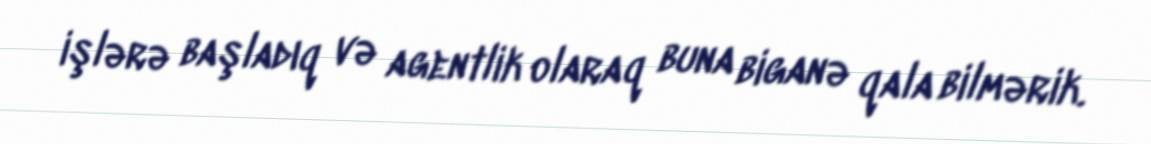
işlərə başladıq və agentlik olaraq buna biganə qala bilmərik.